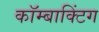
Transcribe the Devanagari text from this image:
कॉम्बाक्टिंग